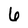
Character: 6